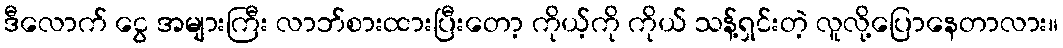
ဒီလောက် ငွေ အများကြီး လာဘ်စားထားပြီးတော့ ကိုယ့်ကို ကိုယ် သန့်ရှင်းတဲ့ လူလို့ပြောနေတာလား။